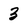
Character: 3